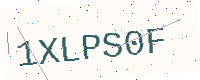
Text: 1XLPS0F